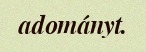
adományt.